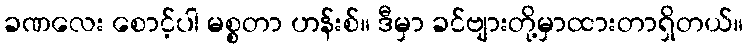
ခဏလေး စောင့်ပါ မစ္စတာ ဟန်းစ်။ ဒီမှာ ခင်ဗျားတို့မှာထားတာရှိတယ်။